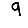
Digit: 9